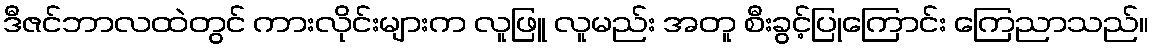
ဒီဇင်ဘာလထဲတွင် ကားလိုင်းများက လူဖြူ လူမည်း အတူ စီးခွင့်ပြုကြောင်း ကြေညာသည်။